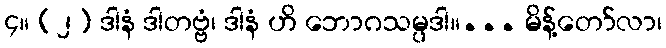
၄။ (၂) ဒါနံ ဒါတဗ္ဗံ၊ ဒါနံ ဟိ ဘောဂသမ္ပဒါ။... မိန့်တော်လာ၊